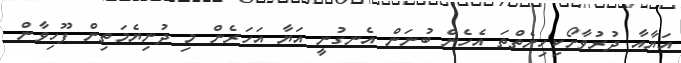
އަޔާއާ ދުރުވާށޯކިހިނެތްތަ އެހެން ބުނަން އެނގުނީ އަޔާ އަހަރެން މި ދުނިޔެމަތިން ފޫހިވާން